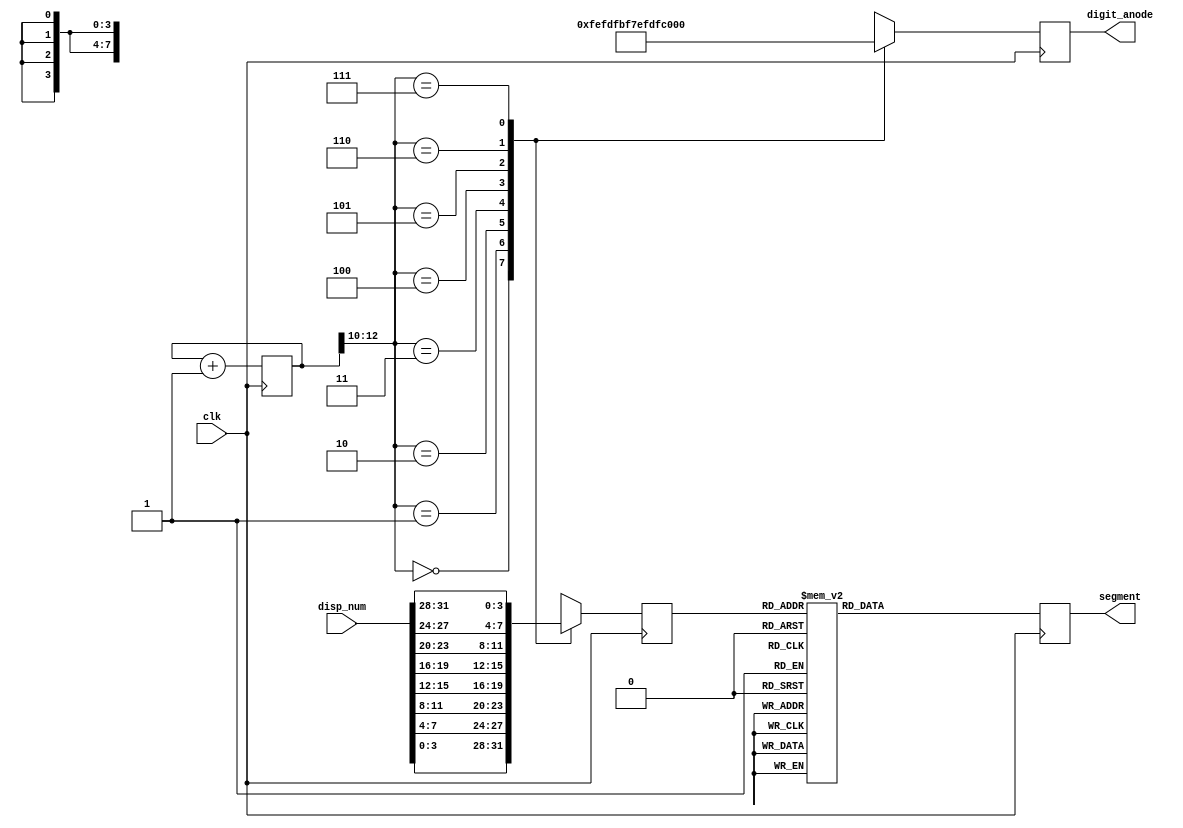
`timescale 1ns / 1ps
//////////////////////////////////////////////////////////////////////////////////
// Company: 
// Engineer: 
// 
// Design Name: 
// Module Name:    display32bits 
// Project Name: 
// Target Devices: 
// Tool versions: 
// Description: 
//
// Dependencies: 
//
// Revision: 
// Revision 0.01 - File Created
// Additional Comments: 
//
//////////////////////////////////////////////////////////////////////////////////
module display32bits(clk,disp_num,digit_anode,segment);   //
	input          clk;
	input  [31:0]  disp_num;
	output [7:0]   digit_anode;
	output [7:0]   segment;
	
	reg    [7:0]   digit_anode;
	reg    [7:0]   segment;
	reg    [12:0]  cnt=0;
	wire   [31:0]  disp_num;
	reg    [3:0]   num;
   always@(posedge clk)begin
		case(cnt[12:10])
			 3'b000:begin
			 digit_anode <= 8'b11111110;
			 num <= disp_num[3:0];
			 end
			3'b001:begin
			  digit_anode <= 8'b11111101;
			  num <= disp_num[7:4];
			  end
			 3'b010:begin
			  digit_anode <= 8'b11111011;
				num <= disp_num[11:8];
			  end
			 3'b011:begin
			  digit_anode <= 8'b11110111;
			  num <= disp_num[15:12];
			  end
			 3'b100:begin
			 digit_anode <= 8'b11101111;
			 num <= disp_num[19:16];
			 end
			3'b101:begin
			  digit_anode <= 8'b11011111;
			  num <= disp_num[23:20];
			  end
			 3'b110:begin
			  digit_anode <= 8'b10111111;
				num <= disp_num[27:24];
			  end
			 3'b111:begin
			  digit_anode <= 8'b01111111;
			  num <= disp_num[31:28];
			  end
		endcase	
case(num)
			4'b0000:segment<=8'b11000000;
			4'b0001:segment<=8'b11111001;
			4'b0010:segment<=8'b10100100;
			4'b0011:segment<=8'b10110000;
			4'b0100:segment<=8'b10011001;
			4'b0101:segment<=8'b10010010;
			4'b0110:segment<=8'b10000010;
			4'b0111:segment<=8'b11111000;
			4'b1000:segment<=8'b10000000;
			4'b1001:segment<=8'b10010000;
			4'b1010:segment<=8'b10001000;
			4'b1011:segment<=8'b10000011;
			4'b1100:segment<=8'b11000110;
			4'b1101:segment<=8'b10100001;
			4'b1110:segment<=8'b10000110;
			4'b1111:segment<=8'b10001110;
		endcase
	end

	always@(posedge clk) begin
			cnt<=cnt+1;
	end
endmodule